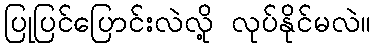
ပြုပြင်ပြောင်းလဲလို့ လုပ်နိုင်မလဲ။